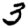
Digit: 3